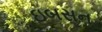
ઇબસન